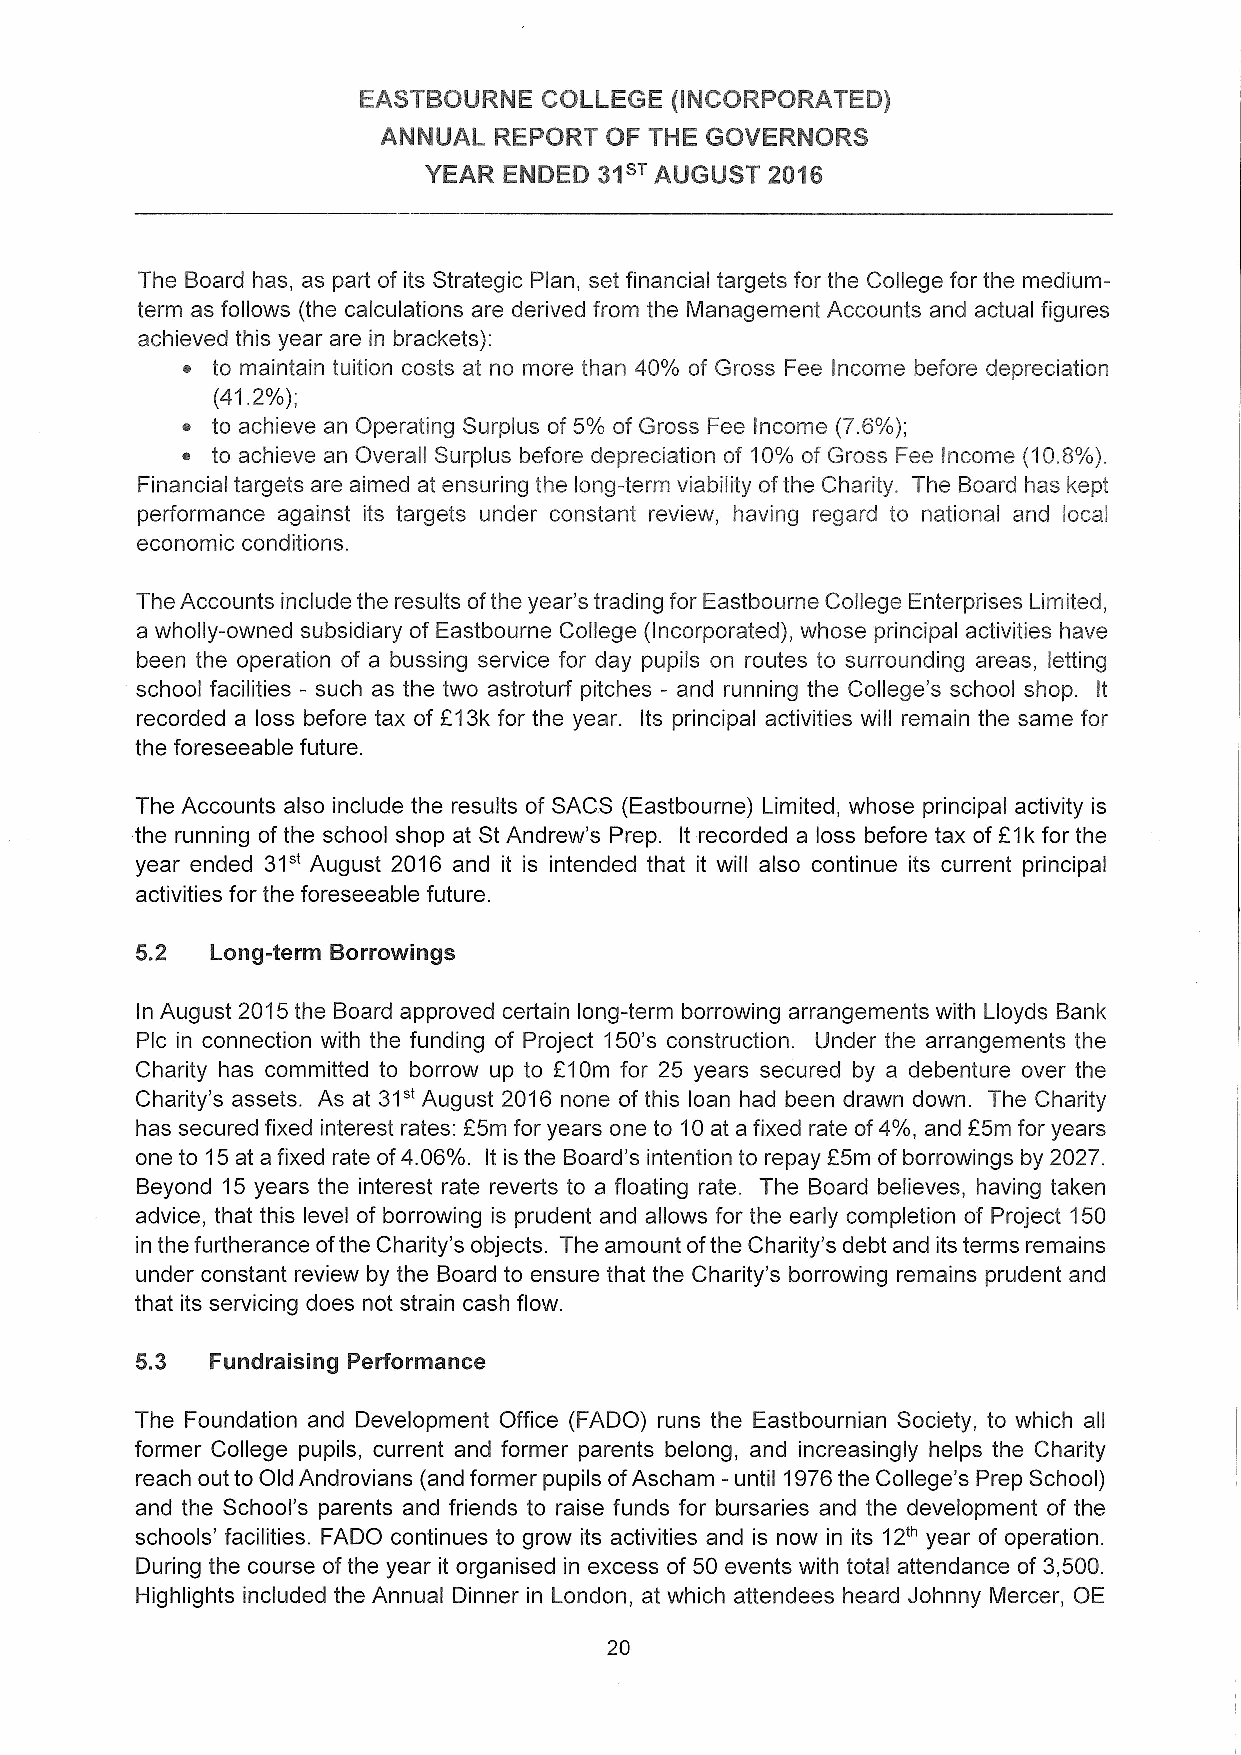
EASTBOURNE  COLLEGE (INCORPORATED)
 ANNUAL  REPORT OF THE GOVERNORS
 YEAR ENDED  31sTAUGUST 2016
 The Board has, as part of its Strategic Plan, set financial targets for the College for the medium-
 term as follows (the calculations are derived from the Management Accounts and actual figures
 achieved this year are in brackets):
 ~ to maintain tuition costs at no more than 40'/0 of Gross Fee Income before depreciation
 (41.2'/0);
 ~ to achieve an Operating Surplus of 5'/0 of Gross Fee Income (7.6'/0);
 ~ to achieve an Overall Surplus before depreciation of 10'/0 of Gross Fee Income (10.8'/0).
 Financial targets are aimed at ensuring the long-term viability ofthe Charity. The Board has kept
 performance against its targets under constant review, having regard to national and local
 economic conditions.
 The Accounts include the results ofthe year's trading for Eastbourne College Enterprises Limited,
 a wholly-owned subsidiary of Eastbourne College (Incorporated), whose principal activities have
 been the operation of a bussing service for day pupils on routes to surrounding areas, letting
 school facilities - such as the two astroturf pitches - and running the College's school shop. It
 recorded a loss before tax of E13k for the year. Its principal activities will remain the same for
 the foreseeable future.
 The Accounts also include the results of SACS (Eastbourne) Limited, whose principal activity is
 the running of the school shop at St Andrew's Prep. It recorded a loss before tax of 21k for the
 31"
 year ended August 2016 and it is intended that it will also continue its current principal
 activities for the foreseeable future.
 5.2  Long-term Borrowings
 In August 2015the Board approved certain long-term borrowing arrangements with Lloyds Bank
 Plc in connection with the funding of Project 150's construction. Under the arrangements the
 Charity has committed to borrow up to 210m for 25 years secured by a debenture over the
 31"
 Charity's assets. As at August 2016 none of this loan had been drawn down. The Charity
 has secured fixed interest rates: 25m for years one to 10at a fixed rate of4'/0, and F5m for years
 one to 15at a fixed rate of4.06'/o. It is the Board's intention to repay E5m of borrowings by 2027.
 Beyond 15 years the interest rate reverts to a floating rate. The Board believes, having taken
 advice, that this level of borrowing is prudent and allows for the early completion of Project 150
 in the furtherance ofthe Charity's objects. The amount ofthe Charity's debt and its terms remains
 under constant review by the Board to ensure that the Charity's borrowing remains prudent and
 that its servicing does not strain cash flow.
 5.3  Fundraising Performance
 The Foundation and Development Office (FADO) runs the Eastbournian Society, to which all
 former College pupils, current and former parents belong, and increasingly helps the Charity
 reach out to Old Androvians (and former pupils ofAscham —until 1976the College's Prep School)
 and the School's parents and friends to raise funds for bursaries and the development of the
 schools' facilities. FADO continues to grow its activities and is now in its 12'"year of operation.
 During the course ofthe year it organised in excess of 50 events with total attendance of 3,500.
 Highlights included the Annual Dinner in London, at which attendees heard Johnny Mercer, OE
 20